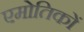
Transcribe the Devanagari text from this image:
एमोतिकों